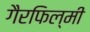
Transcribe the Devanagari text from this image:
गैरफिल्मी